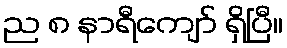
ည ၈ နာရီကျော် ရှိပြီ။